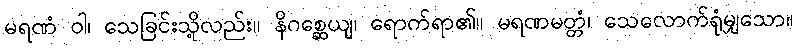
မရဏံ ဝါ၊ သေခြင်းသို့လည်း။ နိဂစ္ဆေယျ၊ ရောက်ရာ၏။ မရဏမတ္တံ၊ သေလောက်ရုံမျှသော။